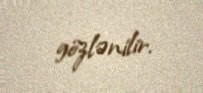
gözlənilir.